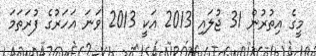
މީގެ އިތުރުން 31 ޖުލައި 2013 އަކީ 2013 ވަނަ އަހަރުގެ ފުރަތަމަ